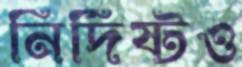
নির্দিষ্টও